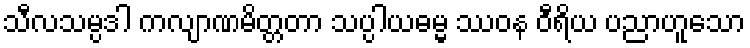
သီလသမ္ပဒါ ကလျာဏမိတ္တတာ သပ္ပါယဓမ္မ ဿဝန ဝီရိယ ပညာဟူသော